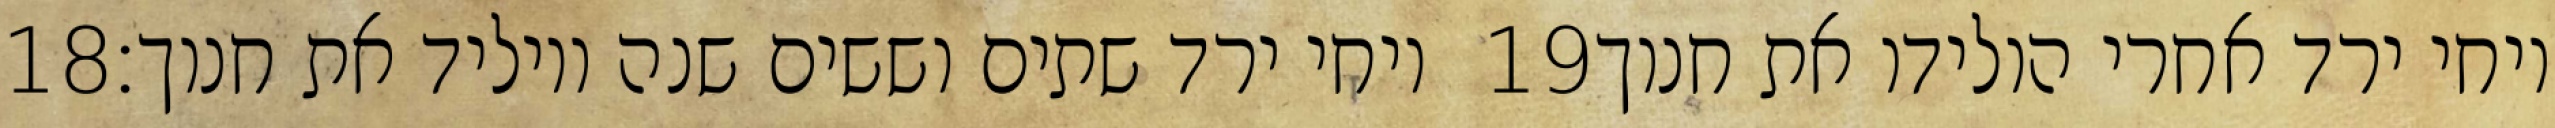
‎18‏ ויחי ירד שתים וששים שנה ויוליד את חנוך׃ ‎19‏ ויחי ירד אחרי הולידו את חנוך